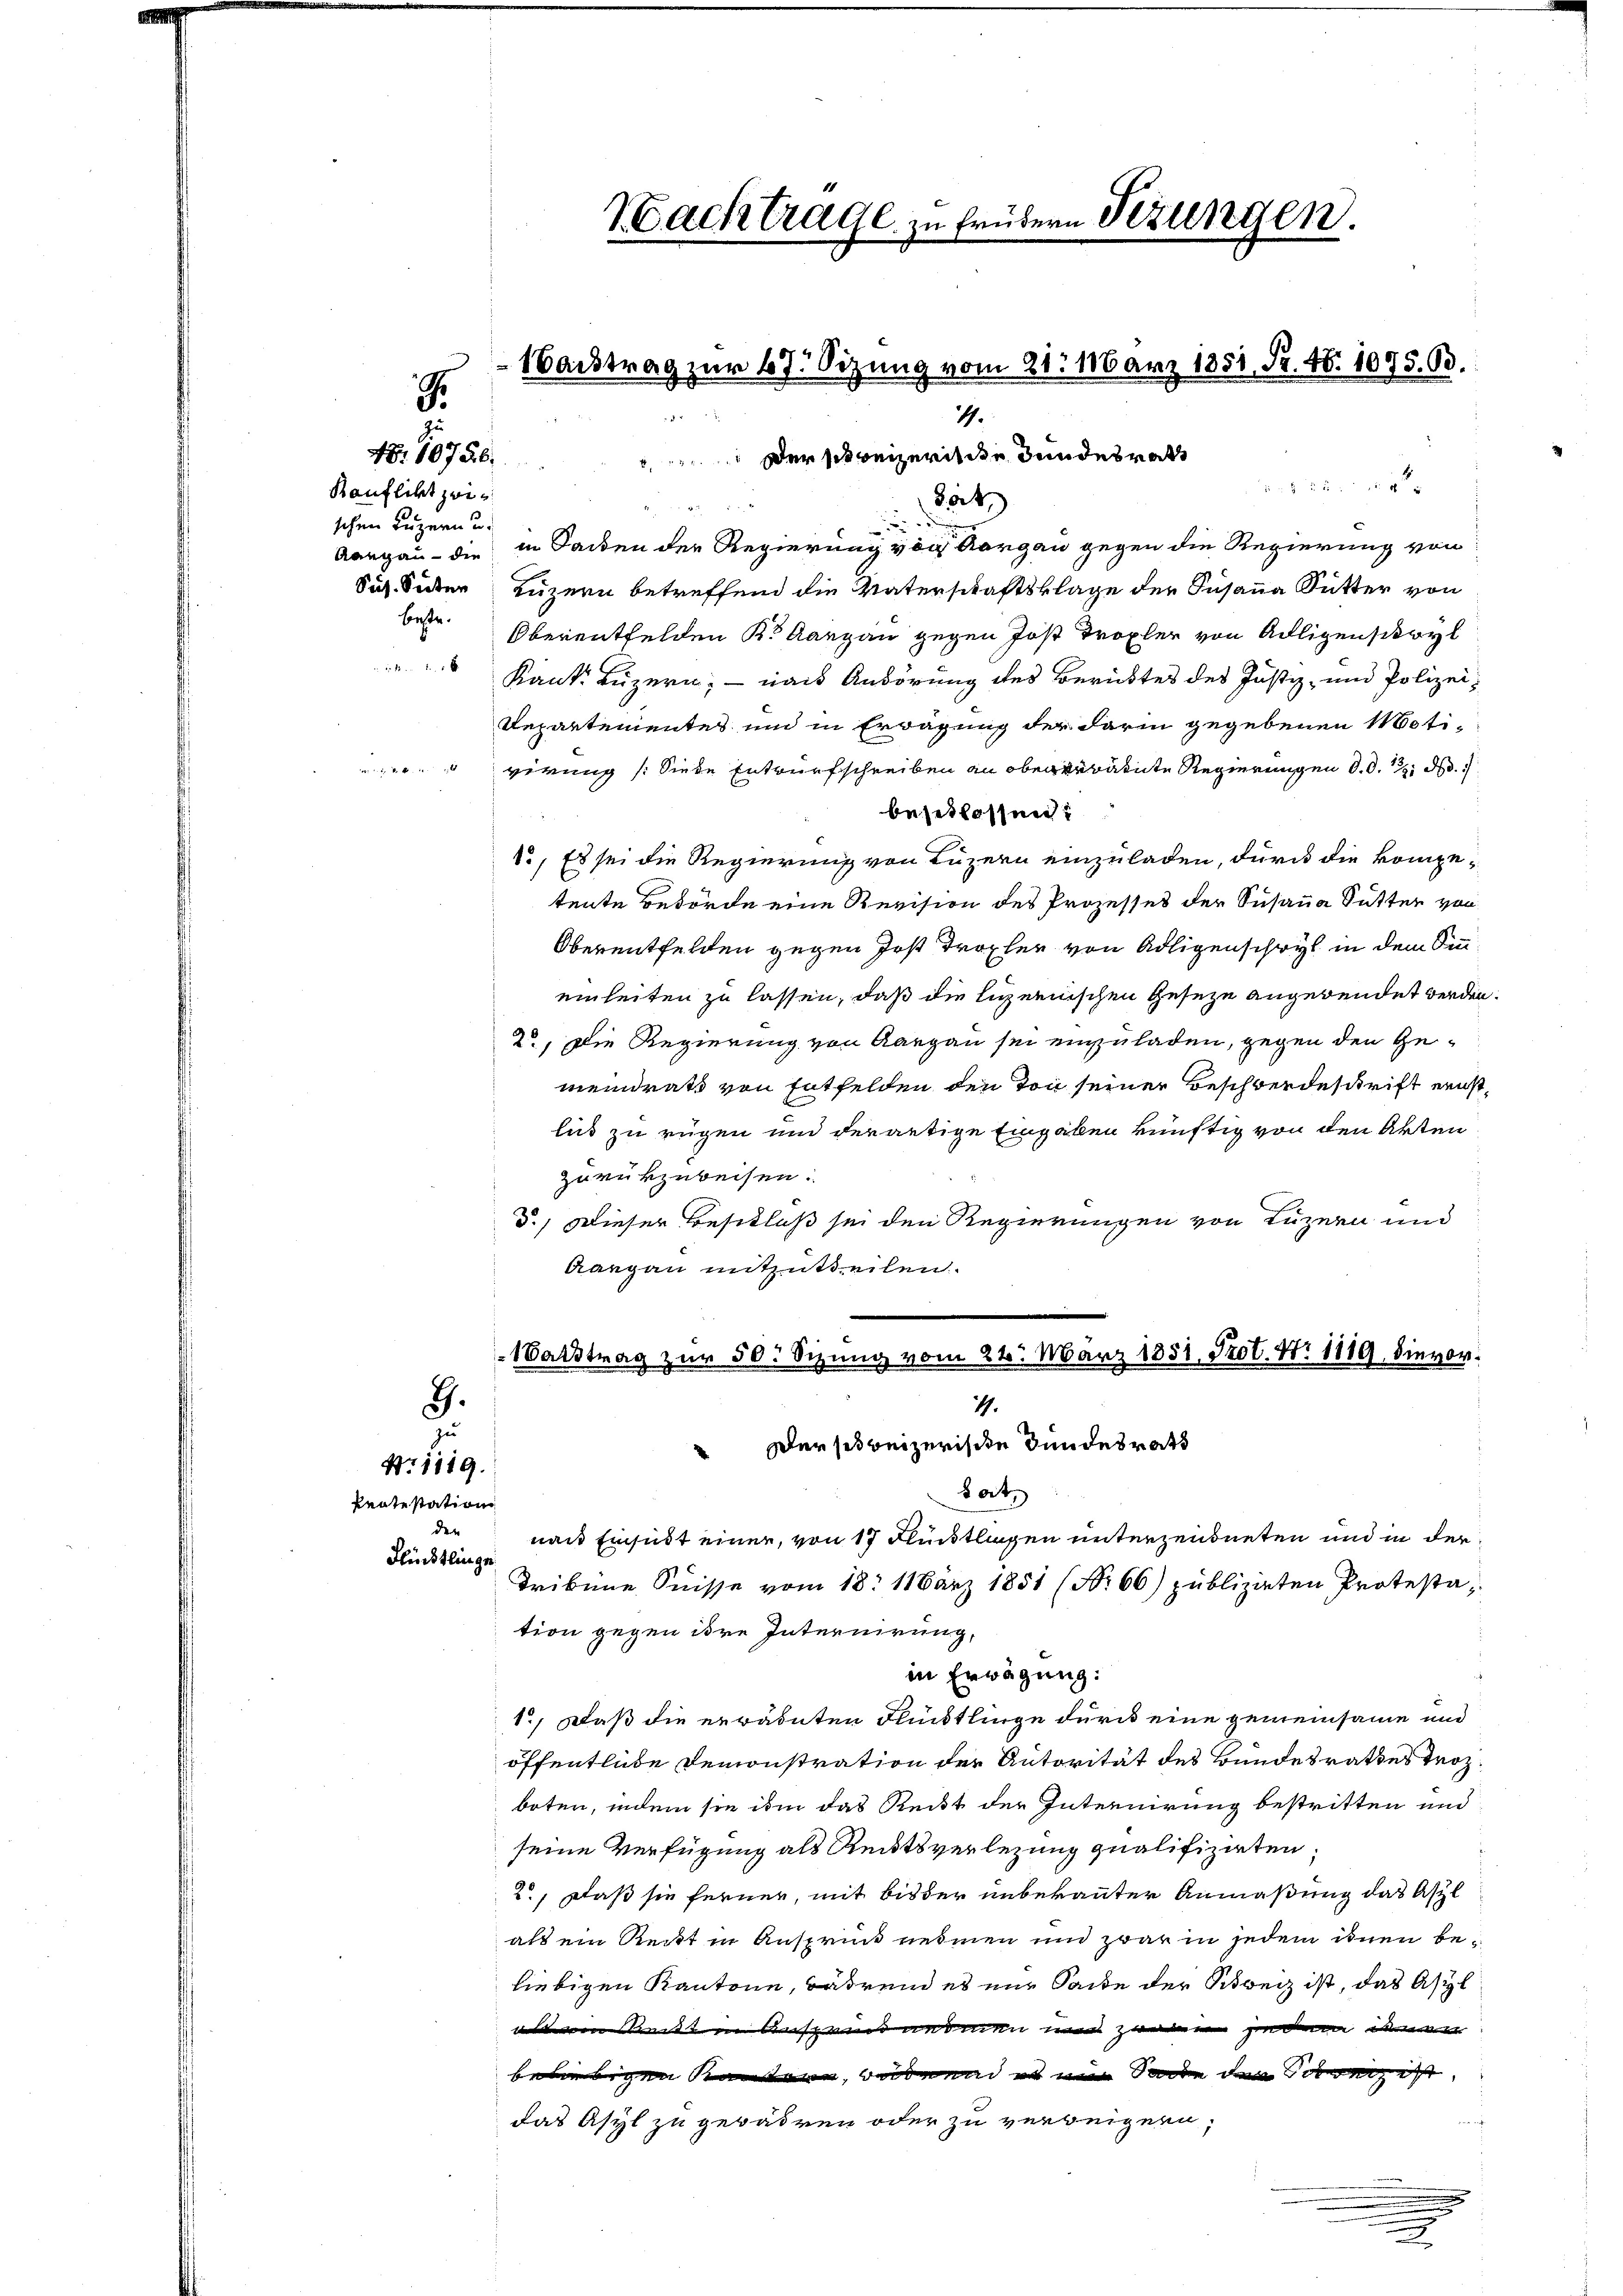
4

Kanflikt zwis
schen Luzern u.
15 x

J.
48. 10756.

1

9.
zu
No 1119.
Rentestation
den
Flüchtlinge

3
St

Aargau die in Sacken der Regierung von Aargau gegen die Regierung von
Sich Suter Luzern betreffend die Vaterschaftsklage der Susanna Sutter von
betr. Oberentfelden K. Aargau gegen Jost Tropfer von Adligensitwyl
Kant. Luzern; — nach Anhörung des Berücktes des Justiz- und Polizei¬
Departementes und in Erwägung der darin gegebenen Motiverung (Siede Entwurfschreiben an ober erratete Regierungen d. d. d.
beseilassen:
8., Es sei die Regierung von Luzern einzuladen, durch die kompetente Behörde eine Revision des Prozesses der Susana Sutter von
Oberentfelden gegen Jost Tropher von Adligenschwyl in dem Sineinleiten zu lassen, daß die ligernischen Geseze angebendet werden.
2o. Die Regierung von Aargau sei einzuladen, gegen den Gemeindrath von Entfelden den Ton seiner Beschwerdeschrift ernstlid zu rügen und derartige Eingaben künftig von den Akten
zurükzuweisen.
d.) Dieser Besitluß sei den Regierungen von Luzern und
Aargau mitzutheilen.
1Satstrag zur 50. Sitzung vom 24. März 1851, Prot. Nr. 1819, die vor:

Nachtrage zu frühern Sitzungen.

1
 Der schweizerisse Bundesrath

49.
 Der so beizerische Bundesrath

tat,
nach Einsidt einer, von 17 Flüchtlingen unterzeugneten und in der
Tribene Suisse vom 18. 118ärz 1851 (Nr. 66) publizirten Protestation gegen ihre Internirung,
in Erwägung:
1., Daß die erwähnten Flüstlinge durch eine gemeinsame und
öffentliche Demonstration der Autorität des Bundesrathes Trozboten, indem sie ihm das Reist der Internirung bestritten und
seine Verfügung als Reitsverlegung qualifizirten:
2, daß sie ferner, mit bis der unbekannter Anmaßung das Asyl
als ein Reckt in Anspruck nehmen und zwar in jedem ihnen beliebigen Kantone, während es nur Seite der Schweiz ist, das Asyl
als ein Seiten Auspendandmen und zweien jedem den
beliebigen Kanton, andend es mir Sande der Schen ist
das Asyl zu gewähren oder zu verbeigern

Nachtrag zur 67. Sizung vom 21. 196ärz 1851, Fr. 18. 1075. 90.
4.

.

.
.